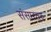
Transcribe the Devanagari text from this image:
संसारतरु